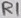
Text: R1